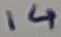
Text: 14